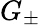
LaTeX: G_{\pm}